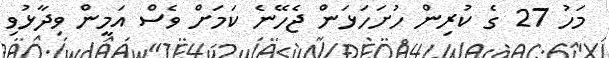
މަހު 27 ގެ ކުރިން ހުށަހަޅަން ޖެހޭނެ ކަމަށް ވެސް އަމީން ވިދާޅުވި